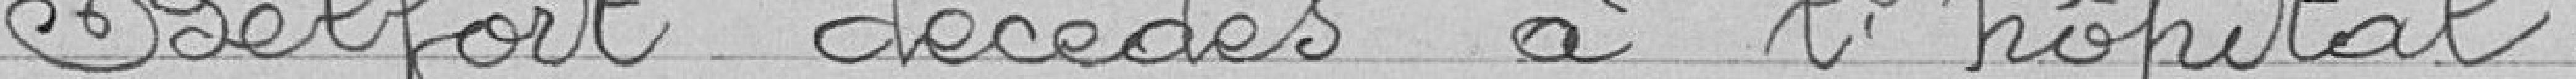
Belfort décédés à l'hôpital.